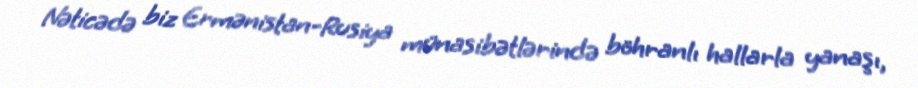
Nəticədə biz Ermənistan-Rusiya münasibətlərində böhranlı hallarla yanaşı,